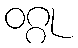
ဝဂ္ဂု